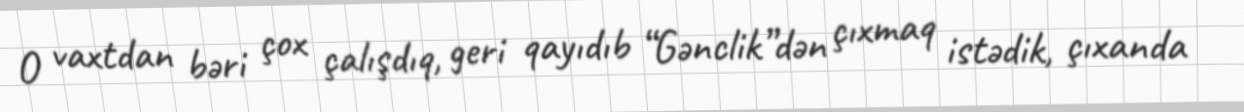
O vaxtdan bəri çox çalışdıq, geri qayıdıb “Gənclik”dən çıxmaq istədik, çıxanda